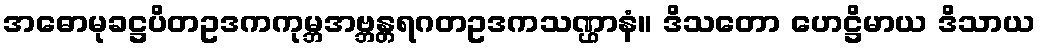
အဓောမုခဋ္ဌပိတဥဒကကုမ္ဘအဗ္ဘန္တရဂတဥဒကသဏ္ဌာနံ။ ဒိသတော ဟေဋ္ဌိမာယ ဒိသာယ